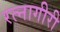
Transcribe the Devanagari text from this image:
रत्नागीरी